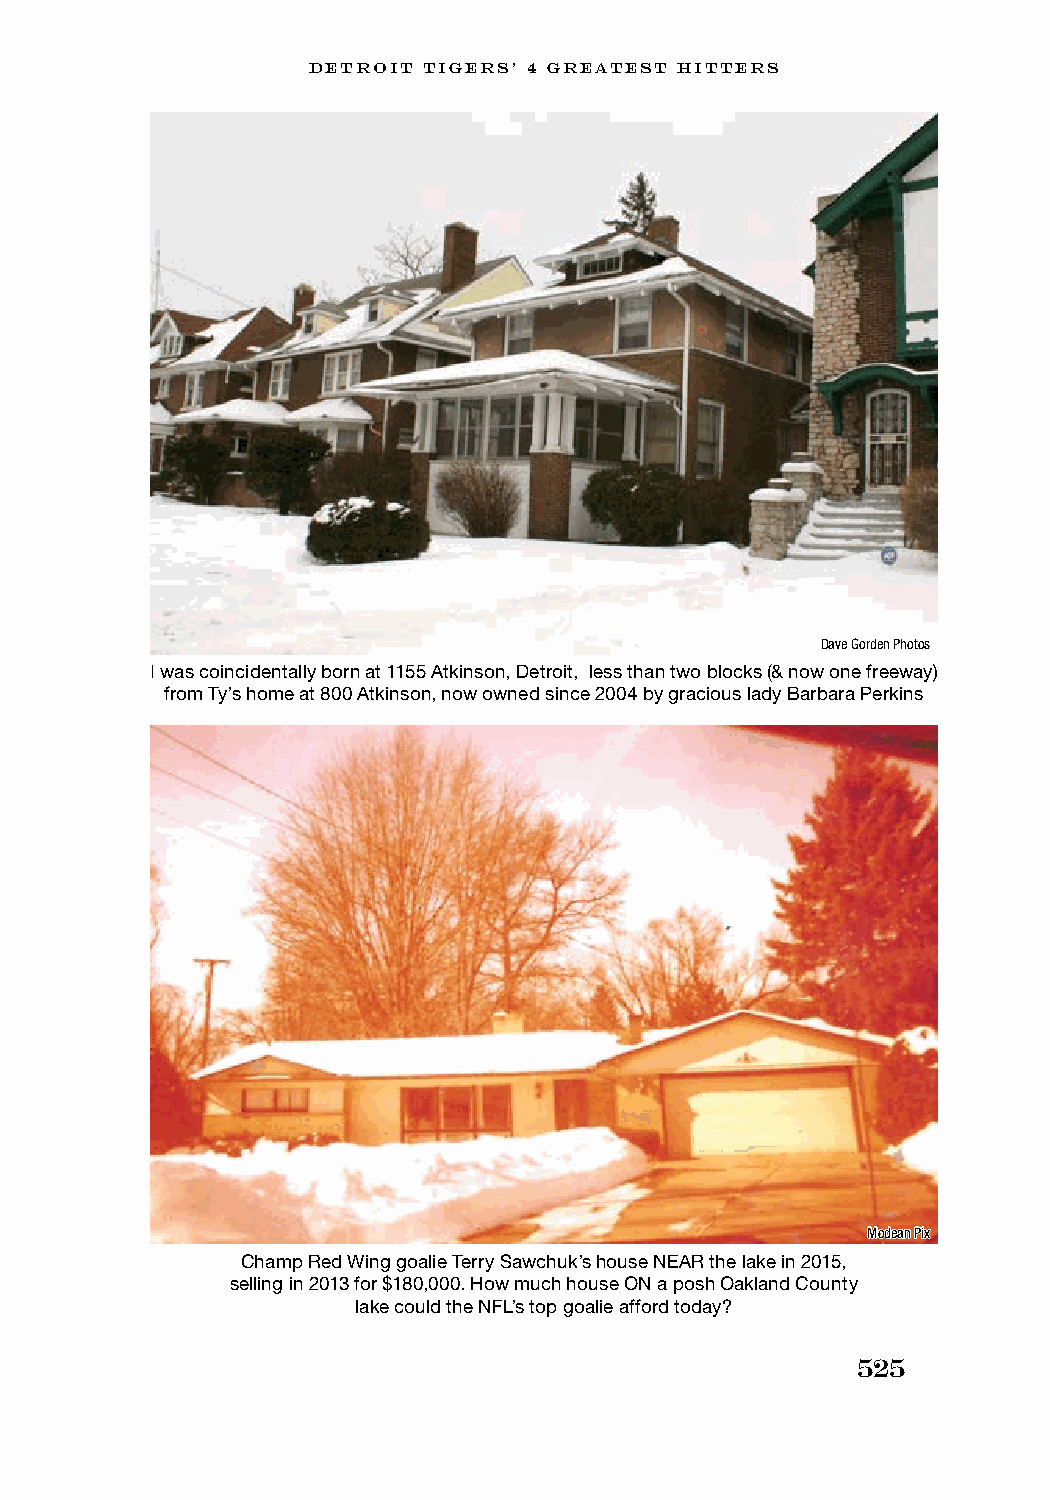
DETROIT TIGERS’ 4 GREATEST HITTERS
 Dave Gorden Photos
 I was coincidentally born at 1155 Atkinson, Detroit, less than two blocks (& now one freeway)
 from Ty’s home at 800 Atkinson, now owned since 2004 by gracious lady Barbara Perkins
 Modean Pix
 Champ Red Wing goalie Terry Sawchuk’s house NEAR the lake in 2015,
 selling in 2013 for $180,000. How much house ON a posh Oakland County
 lake could the NFL’s top goalie afford today?
 525